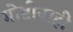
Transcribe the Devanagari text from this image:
गोष्टीनाही